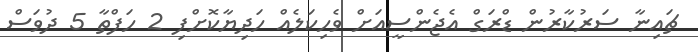
ޗައިނާ ސަރުކާރުން ޑްރަގް އެޖެންސީއަށް ވެހިކަލެއް ހަދިޔާކޮށްފި 2 ހަފްތާ 5 ދުވަސް